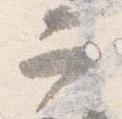
二